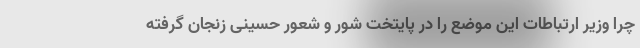
چرا وزیر ارتباطات این موضع را در پایتخت شور و شعور حسینی زنجان گرفته